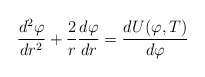
\begin{align*}{d^2\varphi \over dr^2} + {2 \over r }{d\varphi \over dr}= {dU(\varphi,T) \over d\varphi } \end{align*}